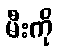
မီးကို